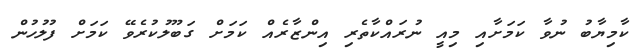
ކާމިޔާބު ނުވާ ކަމަށާއި މިއީ ނުރައްކާތެރި އިންޒާރެއް ކަމަށް ގަބޫލުކުރެވޭ ކަމަށް ފުލުހުން